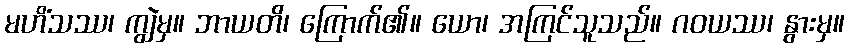
မဟိံသဿ၊ ကျွဲမှ။ ဘာယတိ၊ ကြောက်၏။ ယော၊ အကြင်သူသည်။ ဂဝယဿ၊ နွားမှ။